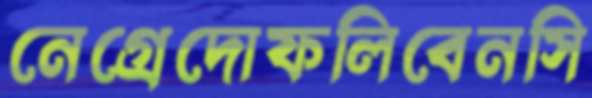
নেগ্রেদোফলিবেনসি